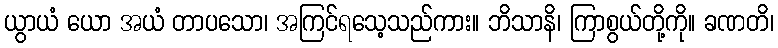
ယွာယံ ယော အယံ တာပသော၊ အကြင်ရသေ့သည်ကား။ ဘိသာနိ၊ ကြာစွယ်တို့ကို။ ခဏတိ၊